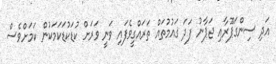
އަދި ސިންގަޕޫރާއި ޖަޕާނު ފަދަ ގައުމުތައް ތަރައްގީވެފައި ވަނީ ވަރަށް ކުޑަކުޑަކަމަކުން ކަމަށްވެސް